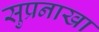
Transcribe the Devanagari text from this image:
सुप्रनाखा